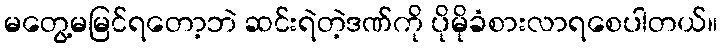
မတွေ့မမြင်ရတော့ဘဲ ဆင်းရဲတဲ့ဒဏ်ကို ပိုမိုခံစားလာရစေပါတယ်။